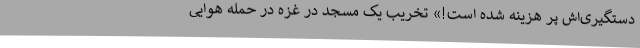
دستگیری‌اش پر هزینه شده است!» تخریب یک مسجد در غزه در حمله هوایی